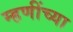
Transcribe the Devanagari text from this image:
म्हणींच्या